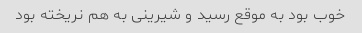
خوب بود به موقع رسید و شیرینی به هم نریخته بود